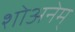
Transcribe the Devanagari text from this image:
शोअनेम्